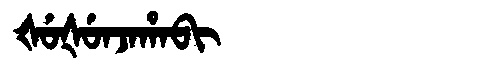
Manchu: ᡧᡠᡧᡠᠨᠵᠠᡥᠠᠪᡳ
Romanization: ŠUŠUNJAHABI